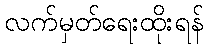
လက်မှတ်ရေးထိုးရန်